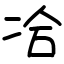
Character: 冾